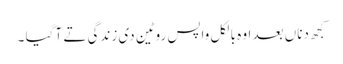
کجھ دناں بعد اوہ بالکل واپس روٹین دی زندگی تے آ گیا ۔